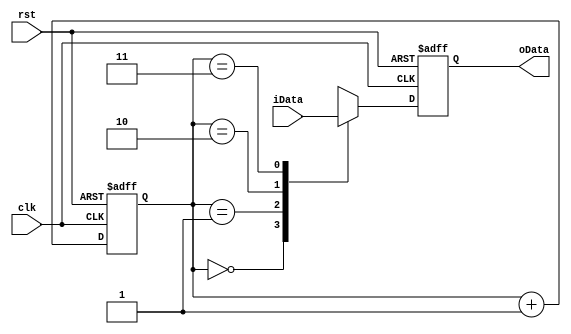
module OutputBuffer (clk,rst,iData,oData);

	input clk, rst;
	input[31:0] iData;

	output[7:0] oData;
		reg[7:0] oData;

	reg[1:0] cnt;
	
	always @(posedge clk or negedge rst)
	begin
		if(!rst)
			cnt <= 2'd0;
		else
			cnt <= cnt + 2'b1;
	end

	always @(posedge clk or negedge rst)
	begin
		if(!rst)
			oData <= 8'd0;
		else
			case(cnt)
			2'b00: oData	<= iData[31:24];
			2'b01: oData	<= iData[23:16];
			2'b10: oData	<= iData[15:8];
			2'b11: oData	<= iData[7:0];
			endcase
	end

endmodule